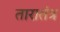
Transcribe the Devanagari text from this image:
तारातंत्र